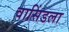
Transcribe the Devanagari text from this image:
वासिंडला